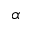
\alpha